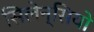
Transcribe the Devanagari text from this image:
सिलेन्सियो